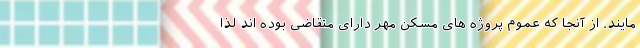
مایند. از آنجا که عموم پروژه های مسکن مهر دارای متقاضی بوده اند لذا